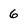
Character: 6